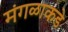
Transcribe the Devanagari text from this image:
मंगळाकडे